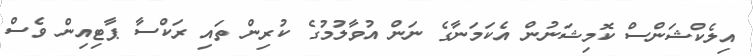
އިލެކްޝަންސް ކޮމިޝަނުން އެކަމަނާގެ ނަން އުވާލުމުގެ ކުރިން ތައި ރަކްސާ ޕާޓިއިން ވެސް